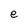
Character: e